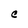
Character: C